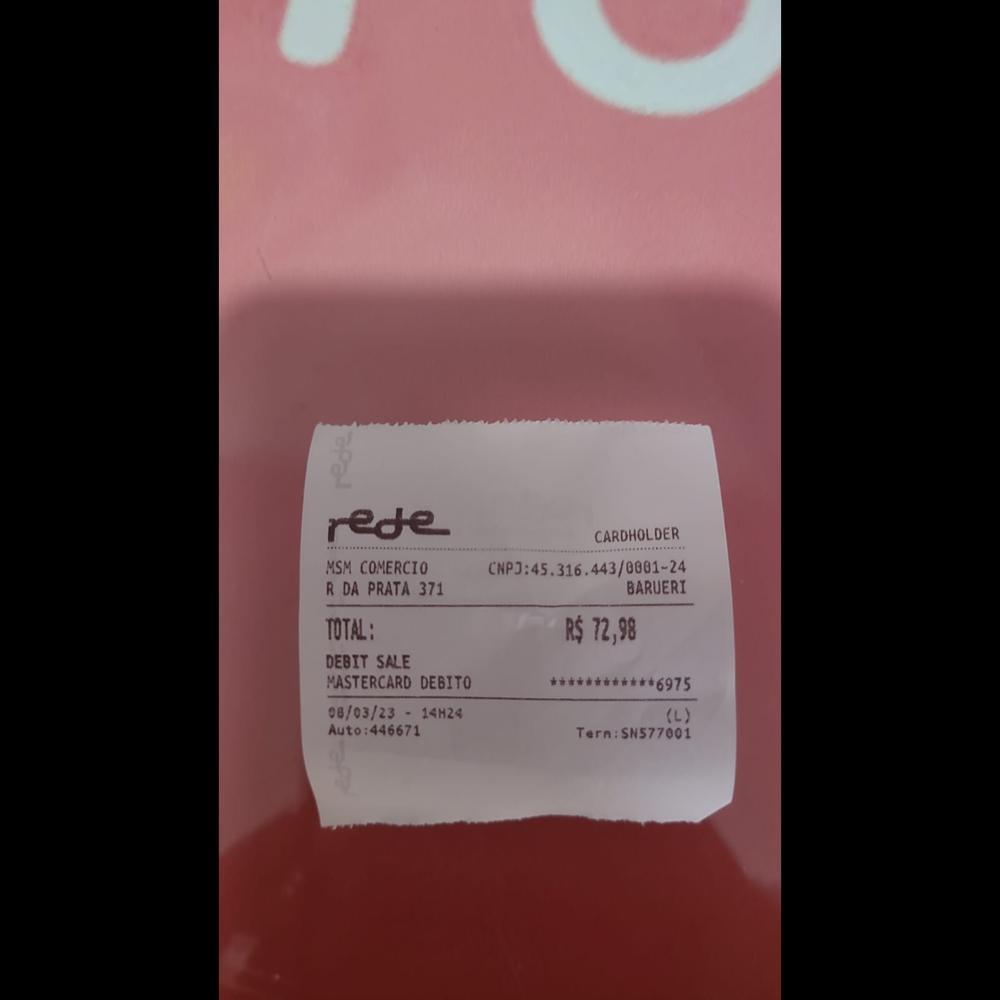
rede MSM COMERCIO RDA PRATA 371 TOTAL: DEBIT SALE MASTERCARD DEBITO 08/03/23 - 14H24 Auto:446671 CARDHOLDER BARUERI CN3:465.316.43/001-24 R$72,98 ***********6975 Tern:SN577001 (L)